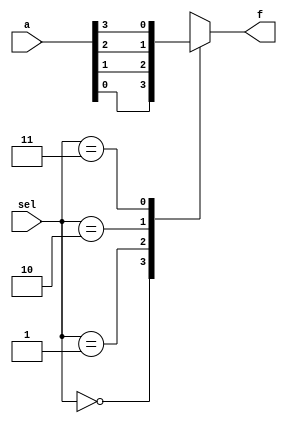
module muxfone(output reg f,
			   input[3:0]a,
			   input [1:0]sel);
	always @(a or sel)begin
		case(sel)
			2'b00 : f<=a[0];
			2'b01 : f<=a[1];
			2'b10 : f<=a[2];
			2'b11 : f<=a[3];
		endcase
	end
endmodule